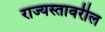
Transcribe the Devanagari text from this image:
राज्यस्तावरील